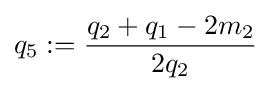
q_{5}:={\frac {q_{2}+q_{1}-2m_{2}}{2q_{2}}}